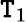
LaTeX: \mathtt{T}_{1}